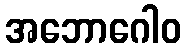
အဘောဂေါဝ